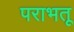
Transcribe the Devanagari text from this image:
पराभतू